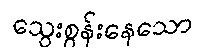
သွေးစွန်းနေသော